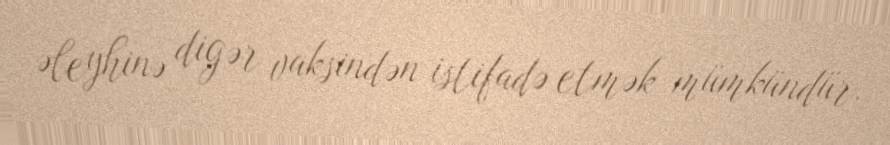
əleyhinə digər vaksindən istifadə etmək mümkündür.